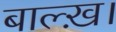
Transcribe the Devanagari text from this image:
बाल्ख़।